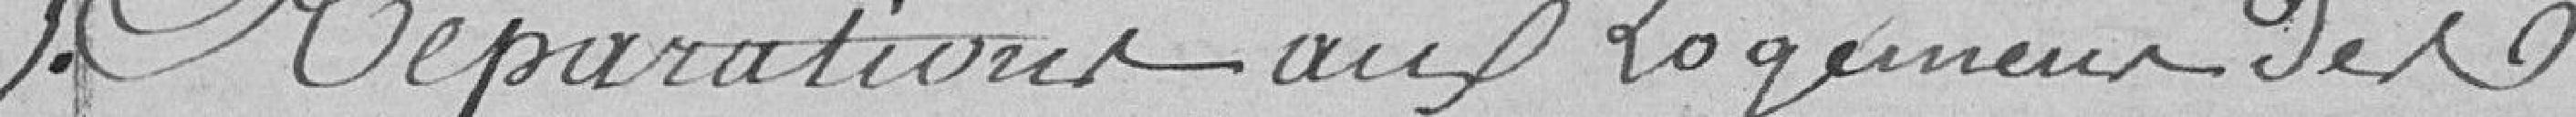
5. Réparations aux logements des